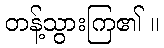
တန့်သွားကြ၏ ။